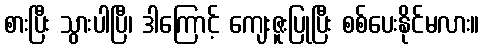
စားပြီး သွားပါပြီ၊ ဒါကြောင့် ကျေးဇူးပြုပြီး စစ်ပေးနိုင်မလား။